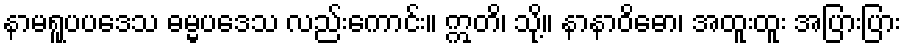
နာမရူပပဒေသ ဓမ္မပဒေသ လည်းကောင်း။ ဣတိ၊ သို့။ နာနာဝိဓော၊ အထူးထူး အပြားပြား